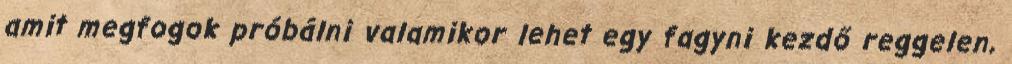
amit megfogok próbálni valamikor lehet egy fagyni kezdő reggelen,